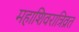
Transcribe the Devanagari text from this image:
महाशिवरात्रिव्रत